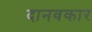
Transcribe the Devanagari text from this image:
दानवकार